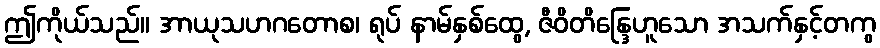
ဤကိုယ်သည်။ အာယုသဟဂတောစ၊ ရုပ် နာမ်နှစ်ထွေ, ဇီဝိတိန္ဒြေဟူသော အသက်နှင့်တကွ